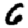
Digit: 6